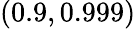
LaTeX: (0.9,0.999)